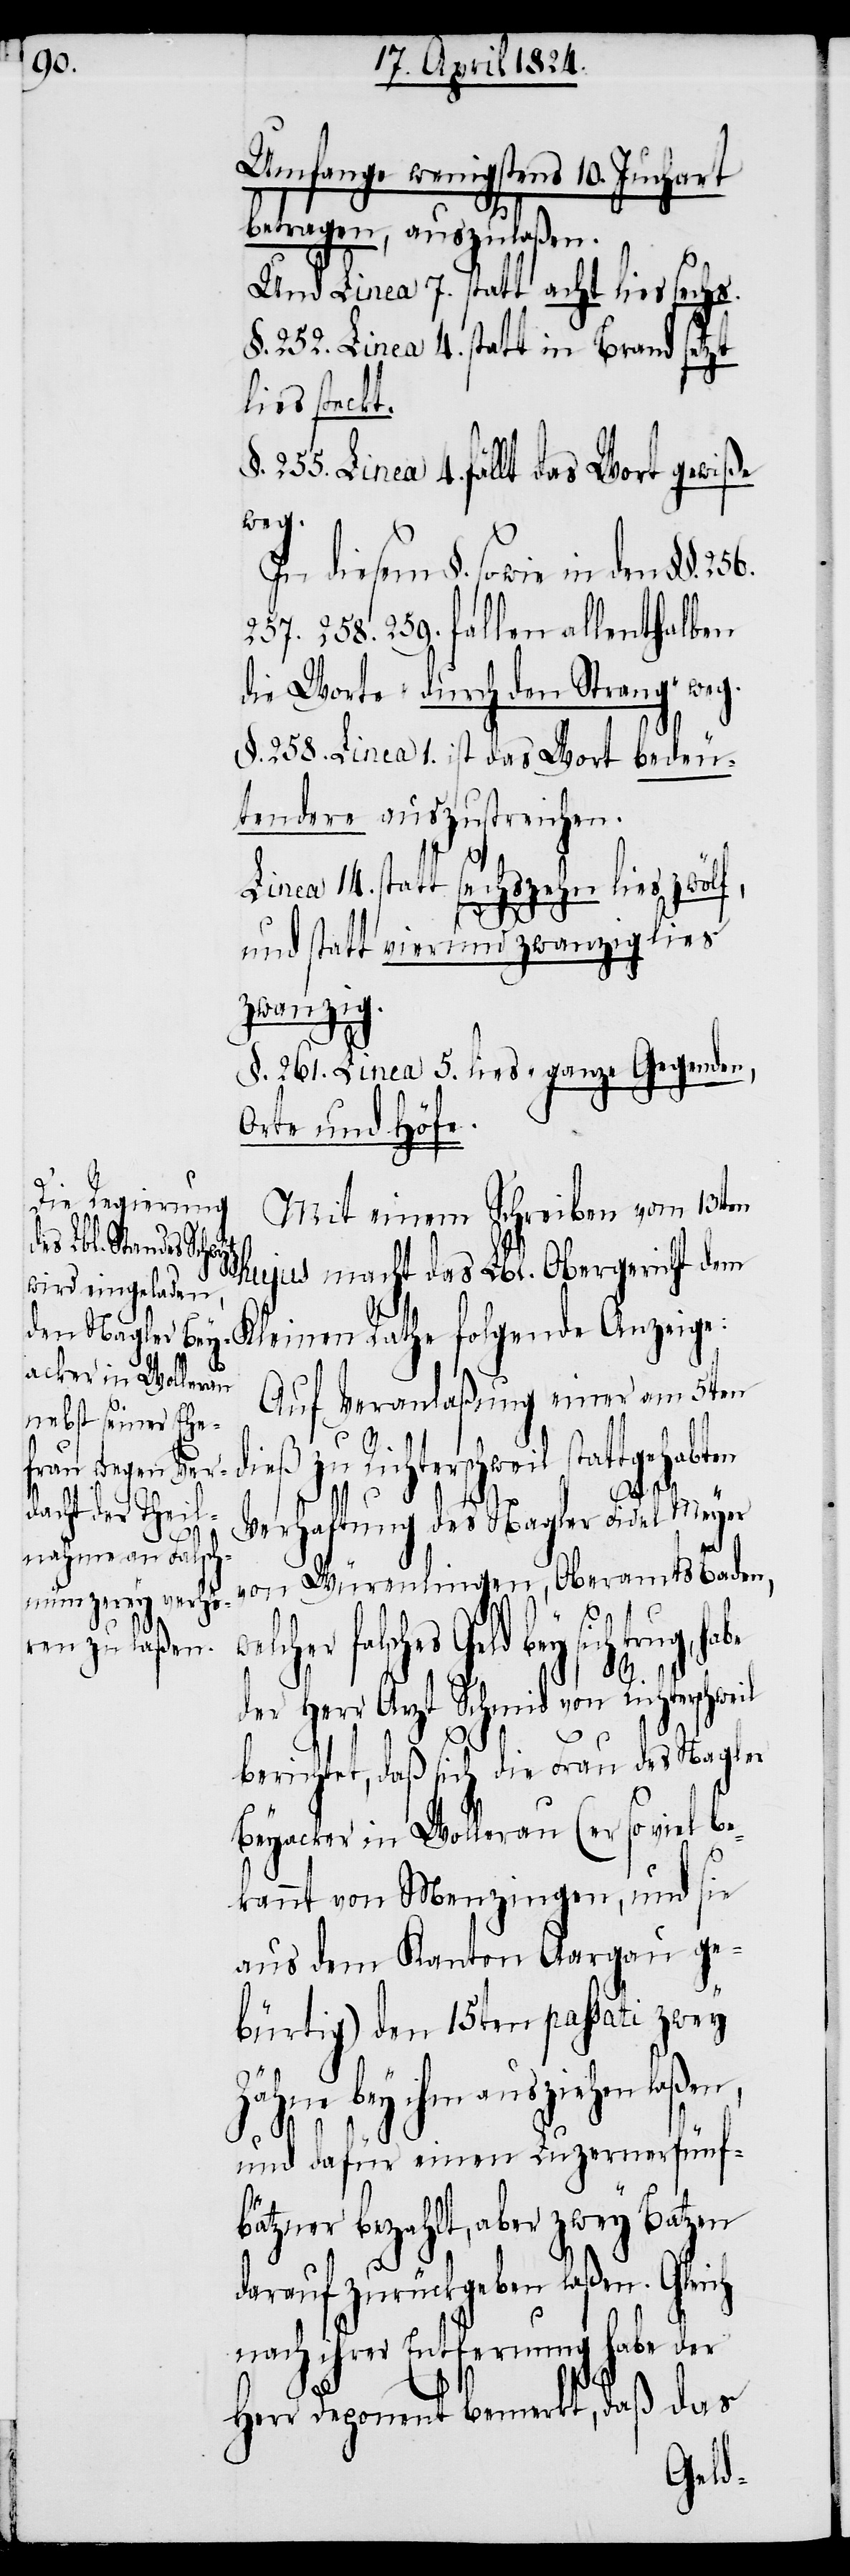
Umfange wenigstens 10. Juchart
betragen, ausgelaßen.
Und Linea 7. statt acht lies sechs.
§. 252. Linea 4. statt in Brand setzt
lies steckt.
§. 255. Linea 4. fällt das Wort gewiße
we¬
In diesem §. sowie in den
157. 258. 259. fallen allenthalben
die Worte „durch den Strang“ weg.
§. 258. Linea 1. ist das Wort bedeu¬
tendere auszustreichen.
statt sechszehn lies zwö¬
lf,
und statt vierundzwanzig lies
zwanzig.
§. 261. Linea 5. lies „ganze Gegenden,
Orte und Höfe.
Mit einem Schreiben vom 13ten
hujus macht das Lbl. Obergericht dem
Auf Veranlaßung einer am 5ten
dieß zu Richterschweil stattgehabten
Verhaftung des Nagler Fidel Meyer
von Würmlingen, Oberamts Baden,
lcher falsches Geld bey sich trug,
14.
der Herr Arzt Schmid von Richterschweil
Kl¬
berichtet, daß sich die Frau des Nagler
Beyacker in Wollerau (er so viel be¬
kannt von Menzingen, und sie
aus dem Kanton Aargau ge¬
bürtig) den 15ten passati zwey
Zähne bey ihm ausziehen laßen,
und dafür einen Luzernerfünf¬
bätzer bezahlt, aber zwey Batzen
darauf zurückgeben laßen. Gleich
nach ihrer Entfernung habe der
Herr Deponent bemerkt, daß das